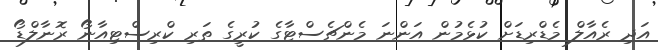
އަދި ރެއާލް މެޑްރިޑަށް ކުޅެމުން އަންނަ މެންޗެސްޓާގެ ކުރީގެ ތަރި ކްރިސްޓިއާނޯ ރޮނާލްޑޯ